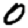
Digit: 0